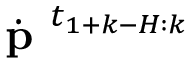
\dot { \textbf { p } } ^ { t _ { 1 + k - H : k } }